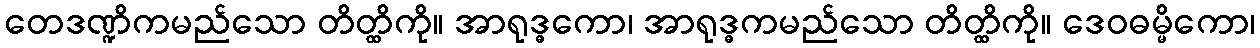
တေဒဏ္ဍိကမည်သော တိတ္ထိကို။ အာရုဒ္ဓကော၊ အာရုဒ္ဓကမည်သော တိတ္ထိကို။ ဒေဝဓမ္မိကော၊